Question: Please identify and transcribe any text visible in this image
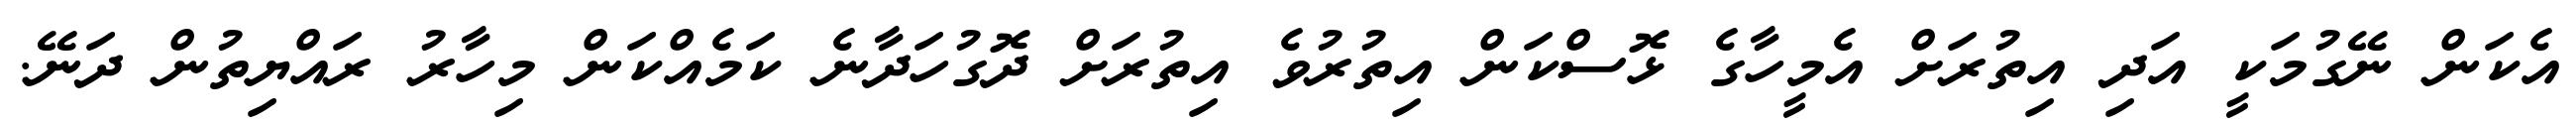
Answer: އެކަން ނޭގުމަކީ އަދި އިތުރަށް އެމީހާގެ ޅޮސްކަން އިތުރުވެ އިތުރަށް ދޮގުހަދާނެ ކަމެއްކަން މިހާރު ރައްޔިތުން ދަނޭ.